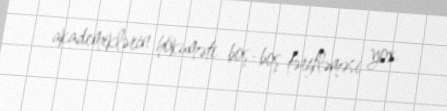
akademiklərin hökuməti boş-boş tərifləməsi yox.